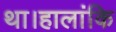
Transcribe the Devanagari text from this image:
था।हालांकि